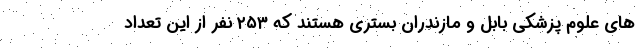
های علوم پزشکی بابل و مازندران بستری هستند که ۲۵۳ نفر از این تعداد